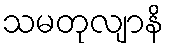
သမတုလျာနိ